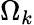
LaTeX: \Omega_{k}